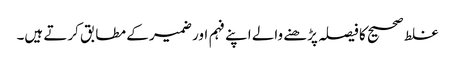
غلط صحیح کا فیصلہ پڑھنے والے اپنے فہم اور ضمیر کے مطابق کرتے ہیں۔